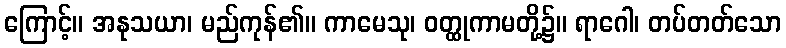
ကြောင့်။ အနုသယာ၊ မည်ကုန်၏။ ကာမေသု၊ ဝတ္ထုကာမတို့၌။ ရာဂေါ၊ တပ်တတ်သော